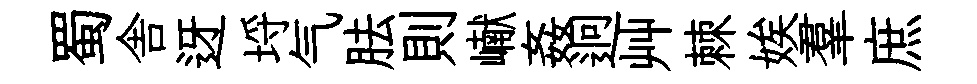
蜀舎迓埓气胠則𪩘姦迥艸棘娭羣庶